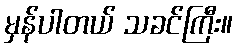
မှန်ပါတယ် သခင်ကြီး။